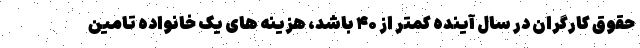
حقوق کارگران در سال آینده کمتر از ۴۰ باشد، هزینه های یک خانواده تامین